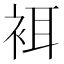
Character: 𧙫